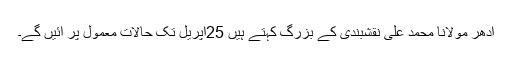
ادھر مولانا محمد علی نقشبندی کے بزرگ کہتے ہیں 25اپریل تک حالات معمول پر آئیں گے۔